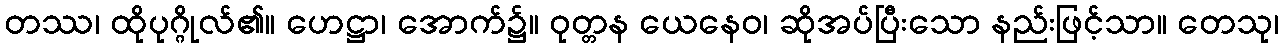
တဿ၊ ထိုပုဂ္ဂိုလ်၏။ ဟေဋ္ဌာ၊ အောက်၌။ ဝုတ္တန ယေနေဝ၊ ဆိုအပ်ပြီးသော နည်းဖြင့်သာ။ တေသု၊